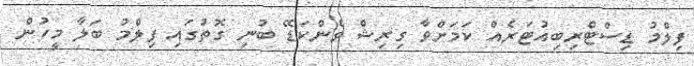
ފިލްމު ޑިސްޓްރިބިއުޓަރެއް ކަމަށްވާ ގިރިޝް ވެންކަޑޭ ބުނި ގޮތުގައި ފިލްމު ބަލާ މީހުން